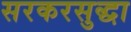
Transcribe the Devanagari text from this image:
सरकरसुद्धा